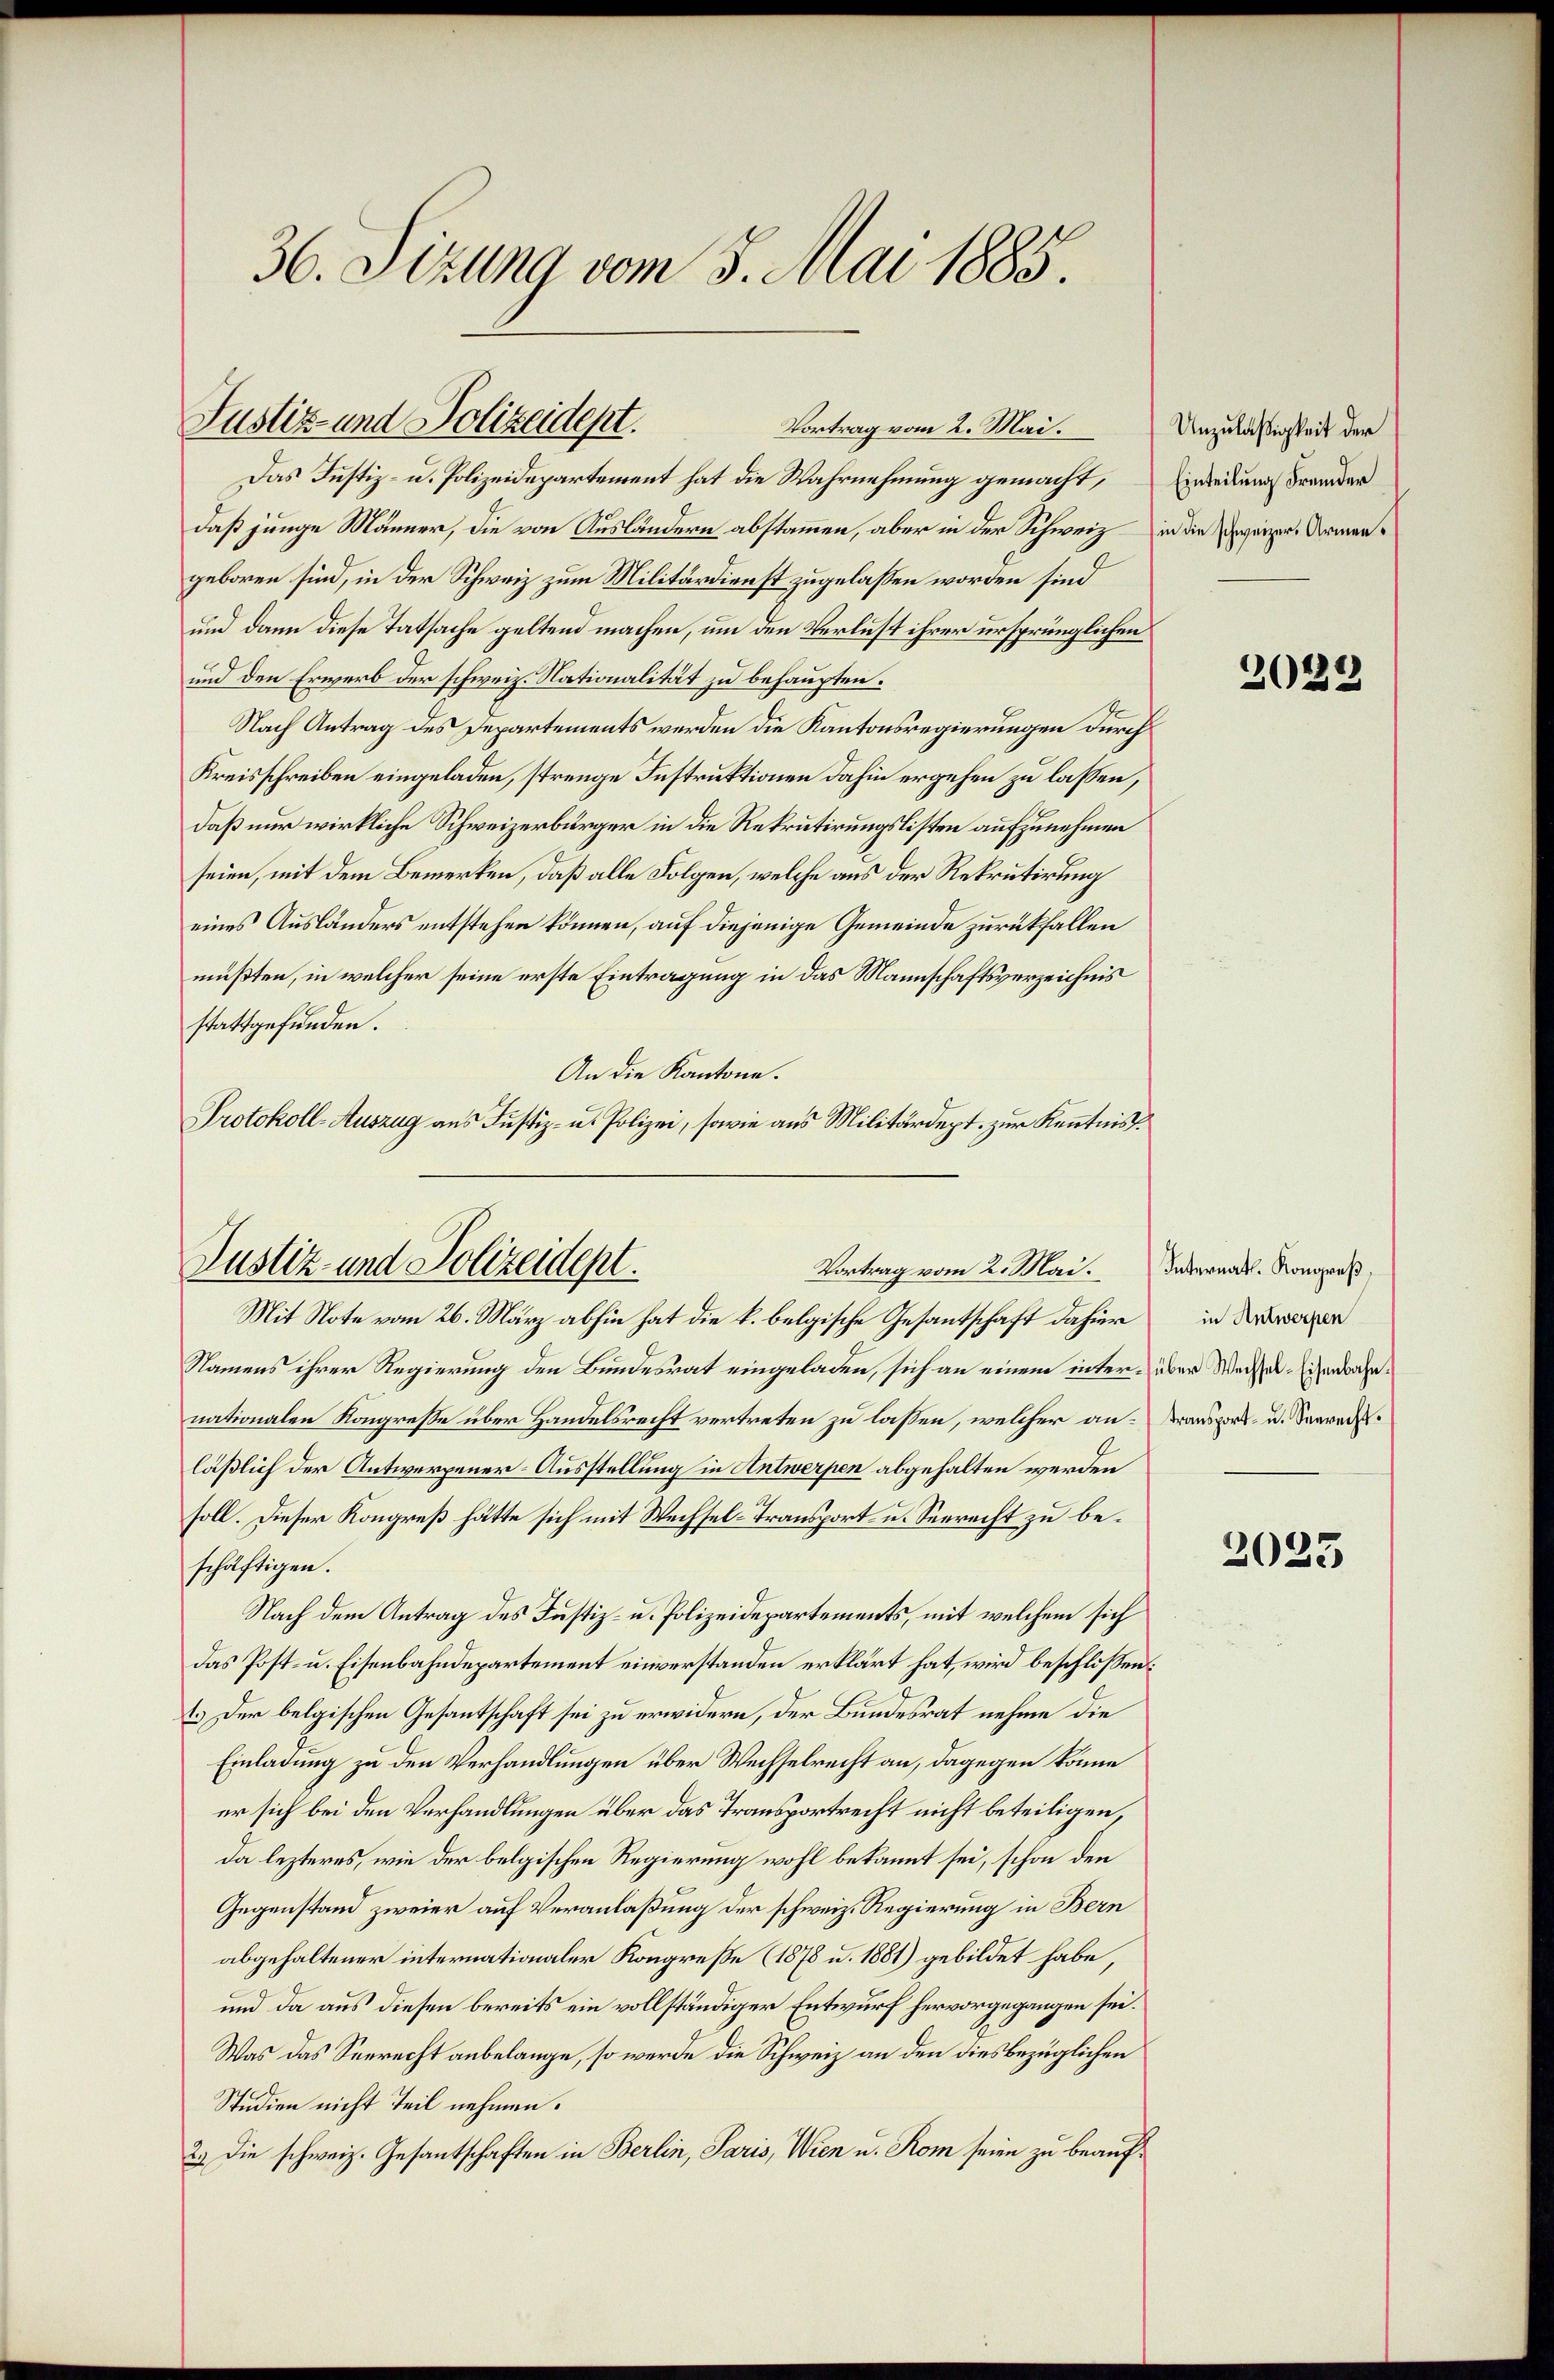
36. Sizung vom 3. Mai 1885.

Das Justiz- u. Polizeidepartement hat die Wahrnehmung gemacht,
daß junge Männer, die von Ausländern abstammen, aber in der Schweiz in die Zweiger Armengeboren sind, in der Schweiz zum Militärdienst zugelassen worden sind
und dann diese Tatsache geltend machen, um den Verlust ihrer ursprünglichen
und den Erwerb der schweiz. Nationalität zu behaupten.
Nach Antrag des Departements werden die Kantonsregierungen durch
Kreisschreiben eingeladen, strenge Instruktionen dahin ergehen zu lassen,
daß nur wirkliche Schweizerbürger in die Rekrutirungslisten aufzunehmen
seien, mit dem Bemerken, daß alle Folgen, welche aus der Rekrutirung
eines Ausländers entstehen können, auf diejenige Gemeinde zurückfallen
müßten, in welcher seine erste Eintragung in das Mannschaftsverzeichnis
stattgefunden.
An die Kantone.
Protokoll-Auszug aus Justiz- u. Polizei, sowie aus Militärdept. zur Kenntnis

Justiz- und Polizeidept.
Vortrag vom 2. Mai.

Justiz- und Polizeident.
Vortrag vom 2. Mai.

Mit Note vom 26. März abhin hat die k. belgische Gesantschaft dahier in Kerzen
Namens ihrer Regierung den Bundesrat eingeladen, sich an einem inter über Wechsel Eisenbahnnationalen Kongreße über Handelsrecht vertreten zu lassen, welcher an. Dransport- u. Verradeläßlich der Antwerpener-Ausstellung in Antwerpen abgehalten werden
soll. Dieser Kongreß hätte sich mit Wechsel-Transport u. Seerecht zu beschäftigen.
Nach dem Antrag des Justiz- u. Polizeidepartements, mit welchem sich
das Post- u. Eisenbahndepartement einverstanden erklärt hat, wird beschlossen:
1.) Der belgischen Gesantschaft sei zu erwidern, der Bundesrat nehme die
Einladung zu den Verhandlungen über Wechselrecht an, dagegen könne
er sich bei den Verhandlungen über das Transportrecht nicht beteiligen,
da lezteres, wie der belgischen Regierung wohl bekannt sei, schon den
Gegenstand zweier auf Veranlaßung der schweiz. Regierung in Bern
abgehaltener internationaler Kongreße (1878 u. 1881) gebildet habe,
und da aus diesen bereits ein vollständiger Entwurf hervorgegangen sei.
Was das Seerecht anbelange, so werde die Schweiz an den diesbezüglichen
Studien nicht Teil nehmen.
2.) Die schweiz. Gesantschaften in Berlin, Paris, Wien u. Rom seien zu beauf¬

Unzuläßigkeit der
Einteilung Fremder

2022

Internath. Kongreß,

2025